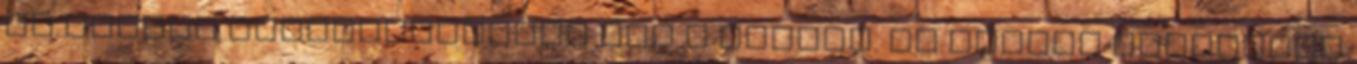
ők hogyan interpretálják ezt a táncot. Ez persze rendkívül